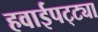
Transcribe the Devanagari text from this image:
हवाईपट्ट्या